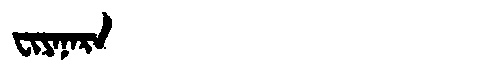
Manchu: ᠸᡳᠶᠠᠨᠠᡵᠠ
Romanization: FIYANARA